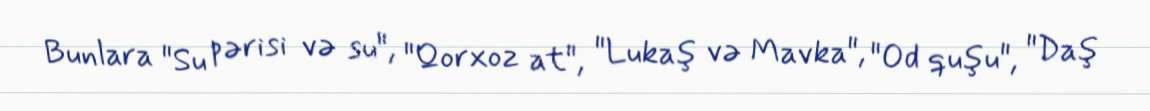
Bunlara "Su pərisi və su", "Qorxoz at", "Lukaş və Mavka", "Od quşu", "Daş